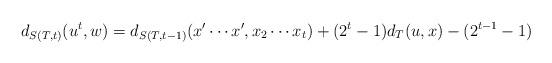
LaTeX: \begin{align*}d_{S(T,t)}(u^t,w)=d_{S(T,t-1)}(x'\cdots x',x_{2}\cdots x_t)+(2^{t}-1)d_T(u,x)-(2^{t-1}-1)\end{align*}